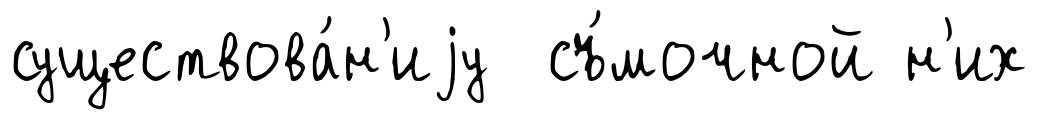
существова́н'иjу съ́мочной н'их